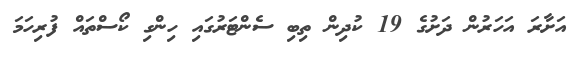
އަށާރަ އަހަރުން ދަށުގެ 19 ކުދިން ތިބި ސެންޓަރުގައި ހިންގި ކޯސްތައް ފުރިހަމަ